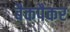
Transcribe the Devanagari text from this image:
बैकपैकर